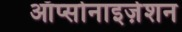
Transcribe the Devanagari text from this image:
ऑप्सोनाइज़ेशन